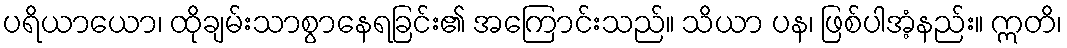
ပရိယာယော၊ ထိုချမ်းသာစွာနေရခြင်း၏ အကြောင်းသည်။ သိယာ ပန၊ ဖြစ်ပါအံ့နည်း။ ဣတိ၊